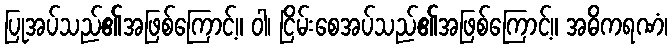
ပြုအပ်သည်၏အဖြစ်ကြောင့်။ ဝါ၊ ငြိမ်းစေအပ်သည်၏အဖြစ်ကြောင့်။ အဓိကရဏံ၊